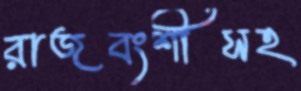
রাজবংশীসহ